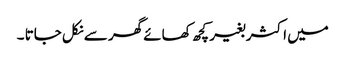
میں اکثر بغیر کچھ کھائے گھر سے نکل جاتا ۔